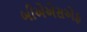
બીએએસએફ